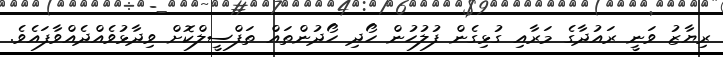
ރިޔާޒު ވަނީ ރައުދާގެ މަރާއި ގުޅިގެން ފުލުހުން ހޯދި ހޯދުންތައް ތަފްސީލްކޮށް ވިދާޅުވެއްދެއްވާފައެވެ.